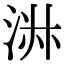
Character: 㳤